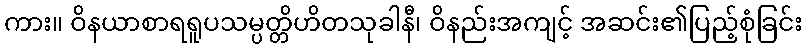
ကား။ ဝိနယာစာရရူပသမ္ပတ္တိဟိတသုခါနီ၊ ဝိနည်းအကျင့် အဆင်း၏ပြည့်စုံခြင်း